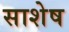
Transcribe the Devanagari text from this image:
साशेष